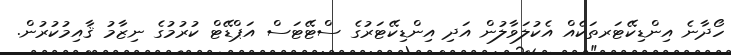
ހޯދާނެ އިންޑިކޭޓަރތަކެއް އެކުލަވާލުން އަދި އިންޑިކޭޓަރުގެ ސްޓޭޓަސް އަޕްޑޭޓް ކުރުމުގެ ނިޒާމު ޤާއިމުކުރުން.